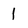
Character: 1